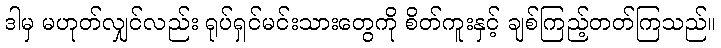
ဒါမှ မဟုတ်လျှင်လည်း ရုပ်ရှင်မင်းသားတွေကို စိတ်ကူးနှင့် ချစ်ကြည့်တတ်ကြသည်။